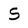
Character: S